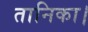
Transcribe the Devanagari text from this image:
तानिका।